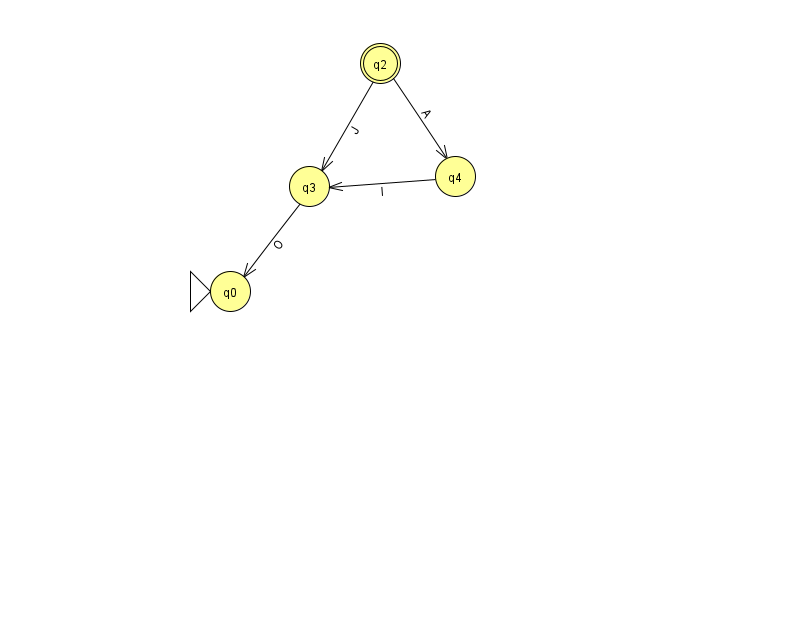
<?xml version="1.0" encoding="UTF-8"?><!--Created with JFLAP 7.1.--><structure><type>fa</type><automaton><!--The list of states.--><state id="0" name="q0"><x>230.0</x><y>278.0</y><initial/></state><state id="2" name="q2"><x>380.0</x><y>50.0</y><final/></state><state id="3" name="q3"><x>309.0</x><y>173.0</y></state><state id="4" name="q4"><x>455.0</x><y>163.0</y></state><!--The list of transitions.--><transition><from>4</from><to>3</to><read>l</read></transition><transition><from>2</from><to>3</to><read>J</read></transition><transition><from>2</from><to>4</to><read>A</read></transition><transition><from>3</from><to>0</to><read>O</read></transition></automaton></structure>